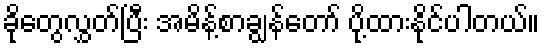
ခိုတွေလွှတ်ပြီး အမိန့်စာချွန်တော် ပို့ထားနိုင်ပါတယ်။